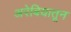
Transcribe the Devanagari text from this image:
अरेबियातून